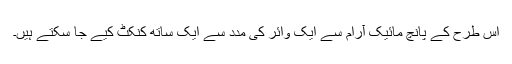
اس طرح کے پانچ مائیک آرام سے ایک وائر کی مدد سے ایک ساتھ کنکٹ کیے جا سکتے ہیں۔